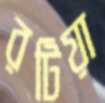
রটিয়া